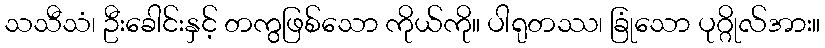
သသီသံ၊ ဦးခေါင်းနှင့် တကွဖြစ်သော ကိုယ်ကို။ ပါရုတဿ၊ ခြုံသော ပုဂ္ဂိုလ်အား။